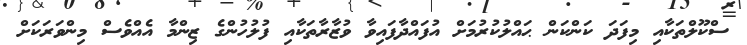
ސްކޫލްތަކާއި މިފަދަ ކަންކަން ޙައްލުކުރުމަށް އުފައްދާފައިވާ ވުޒާރާތަކާއި ފުލުހުންގެ ޒިންމާ އެއްވެސް މިންވަރަކަށް